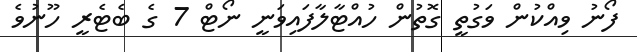
ފޯނު ވިއްކުން ވަގުތީ ގޮތުން ހުއްޓާލާފައިވަނީ ނޯޓް 7 ގެ ބެޓެރީ ހޫނުވެ